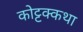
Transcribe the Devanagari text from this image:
कोट्टक्कथा